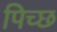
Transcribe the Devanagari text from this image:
पिच्छ